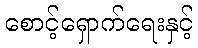
စောင့်ရှောက်ရေးနှင့်